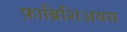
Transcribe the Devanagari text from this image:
फ़ाब्रिशिअयस